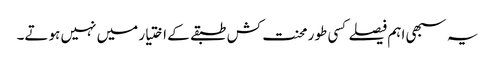
یہ سبھی اہم فیصلے کسی طور محنت کش طبقے کے اختیار میں نہیں ہوتے۔